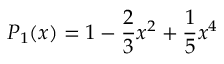
{ \cal P } _ { 1 } ( x ) = 1 - \frac { 2 } { 3 } x ^ { 2 } + \frac { 1 } { 5 } x ^ { 4 }